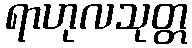
ရာဟုလသုတ္တ